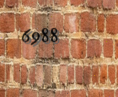
6988